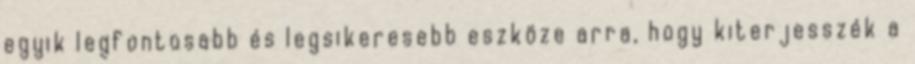
egyik legfontosabb és legsikeresebb eszköze arra, hogy kiterjesszék a